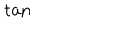
\tan